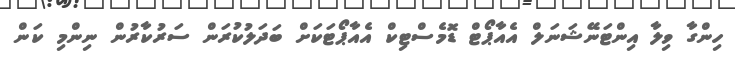
ހިންގާ ވިލާ އިންޓަނޭޝަނަލް އެއާޕޯޓް ޑޮމެސްޓިކް އެއާޕޯޓަކަށް ބަދަލުކުރަން ސަރުކާރުން ނިންމި ކަން